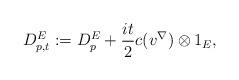
LaTeX: \begin{align*}D^E_{p, t} := D^E_{p} + \frac{it}{2}c(v^{\nabla}) \otimes 1_E,\end{align*}